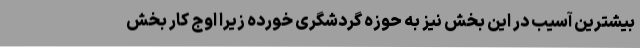
بیشترین آسیب در این بخش نیز به حوزه گردشگری خورده زیرا اوج کار بخش